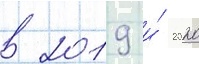
в 2019 и́ 2020